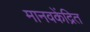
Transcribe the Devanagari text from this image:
मानवकेंद्रित